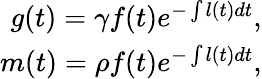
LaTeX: \begin{array}{r}{g(t)=\gamma f(t)e^{-\int l(t)dt},}\\ {m(t)=\rho f(t)e^{-\int l(t)dt},}\end{array}